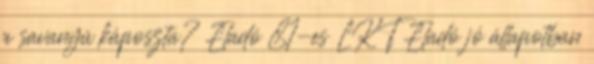
a savanyú káposzta? Eladó 81-es LKT Eladó jó állapotban